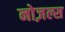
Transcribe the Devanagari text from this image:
नोज़ल्स